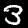
Label: 3